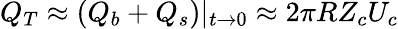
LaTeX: Q_{T}\approx(Q_{b}+Q_{s})|_{t\rightarrow 0}\approx 2\pi RZ_{c}U_{c}